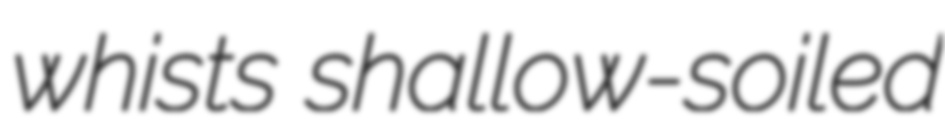
whists shallow-soiled